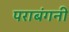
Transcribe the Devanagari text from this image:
पराबंगनी